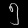
Digit: ၅